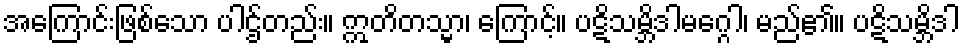
အကြောင်းဖြစ်သော ပါဌ်တည်း။ ဣတိတသ္မာ၊ ကြောင့်။ ပဋိသမ္ဘိဒါမဂ္ဂေါ၊ မည်၏။ ပဋိသမ္ဘိဒါ